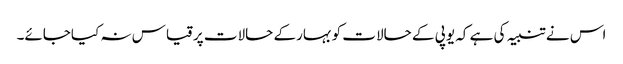
اس نے تنبیہ کی ہے کہ یوپی کے حالات کوبہارکے حالات پرقیاس نہ کیاجائے۔